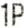
1P